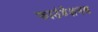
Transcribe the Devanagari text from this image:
फाउंडेशनस